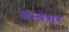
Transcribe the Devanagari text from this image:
जम्बेश्वर